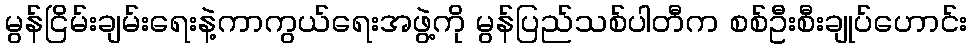
မွန်ငြိမ်းချမ်းရေးနဲ့ကာကွယ်ရေးအဖွဲ့ကို မွန်ပြည်သစ်ပါတီက စစ်ဦးစီးချုပ်ဟောင်း